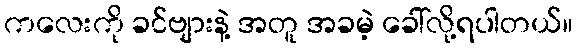
ကလေးကို ခင်ဗျားနဲ့ အတူ အခမဲ့ ခေါ်လို့ရပါတယ်။